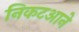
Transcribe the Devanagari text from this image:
निकटआने